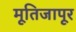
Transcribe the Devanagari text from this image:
मूतिजापूर